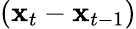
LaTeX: ({\mathbf x}_{t}-{\mathbf x}_{t-1})